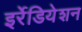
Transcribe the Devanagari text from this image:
इर्रेडियेशन